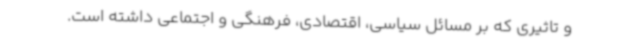
و تاثیری که بر مسائل سیاسی، اقتصادی، فرهنگی و اجتماعی داشته است.